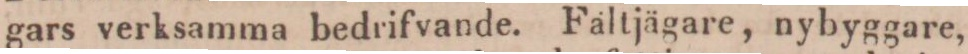
gars verksamma bedrifvande. Fältjägare, nybyggare,